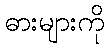
ဓားများကို